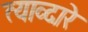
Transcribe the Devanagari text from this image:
त्याव्दारे